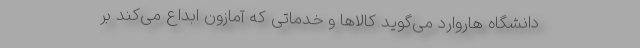
دانشگاه هاروارد می‌گوید کالاها و خدماتی که آمازون ابداع می‌کند بر